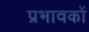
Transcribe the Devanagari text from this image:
प्रभावकों